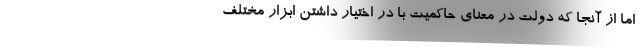
اما از آنجا که دولت در معنای حاکمیت با در اختیار داشتن ابزار مختلف